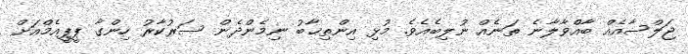
ޖަލްސާއެއް ބާއްވާލާނެ ތަނެއް ނުލިބެއެވެ. މުޅި އިންތިޚާބު ނިމެންދެން ސަރުކާރު ހިންގާ ޕީޕީއެމްއަށް